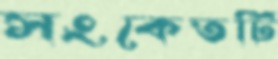
সংকেতটি